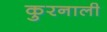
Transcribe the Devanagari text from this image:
कुरनाली